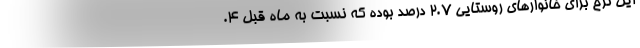
این نرخ برای خانوارهای روستایی ٢.٧ درصد بوده که نسبت به ماه قبل ٤.